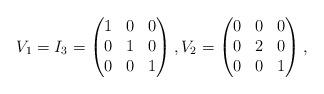
LaTeX: \begin{align*}V_1 = I_3 = \begin{pmatrix}1 & 0 & 0\\0 & 1 & 0\\0 & 0 & 1\end{pmatrix},V_2 =\begin{pmatrix}0 & 0 & 0\\0& 2 & 0\\0 & 0 & 1\end{pmatrix},\end{align*}